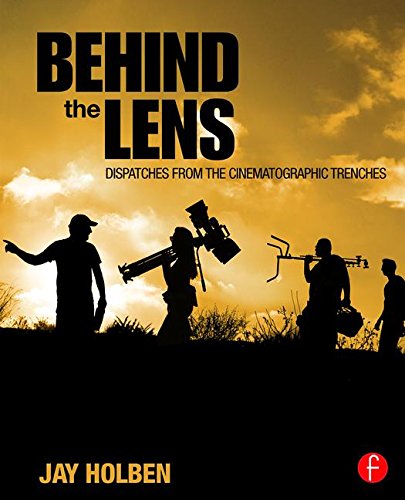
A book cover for Behind the Lens: Dispatches from the Cinematographic Trenches; Jay Holben; Humor & Entertainment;